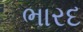
ભારદ